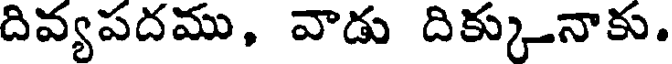
దివ్యపదము, వాడు దిక్కునాకు.